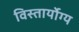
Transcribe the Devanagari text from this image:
विस्तार्योग्य